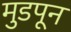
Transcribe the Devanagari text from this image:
मुडपून